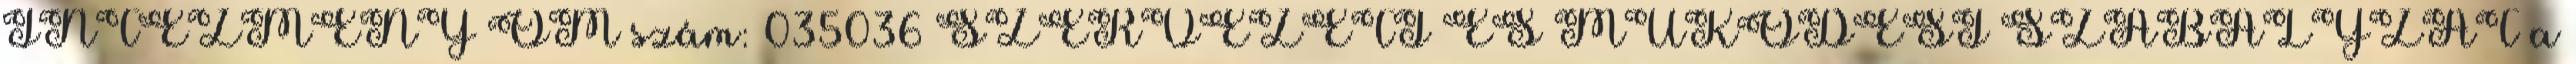
INTÉZMÉNY OM szám: 035036 SZERVEZETI ÉS MŰKÖDÉSI SZABÁLYZAT a